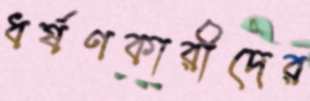
ধর্ষণকারীদের